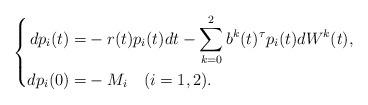
LaTeX: \begin{align*}\left\{\begin{aligned}dp_i(t)=&-r(t)p_i(t)dt-\sum_{k=0}^2b^k(t)^\tau p_i(t)dW^k(t),\\dp_i(0)=&-M_i\quad(i=1,2).\end{aligned}\right.\end{align*}